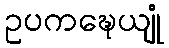
ဥပကဍ္ဎေယျုံ